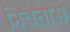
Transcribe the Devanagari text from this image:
निचेतास